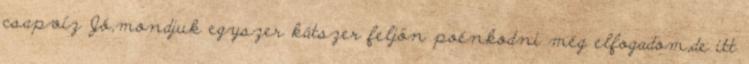
csapvíz Jó,mondjuk egyszer kátszer feljön poénkodni még elfogadom,de itt